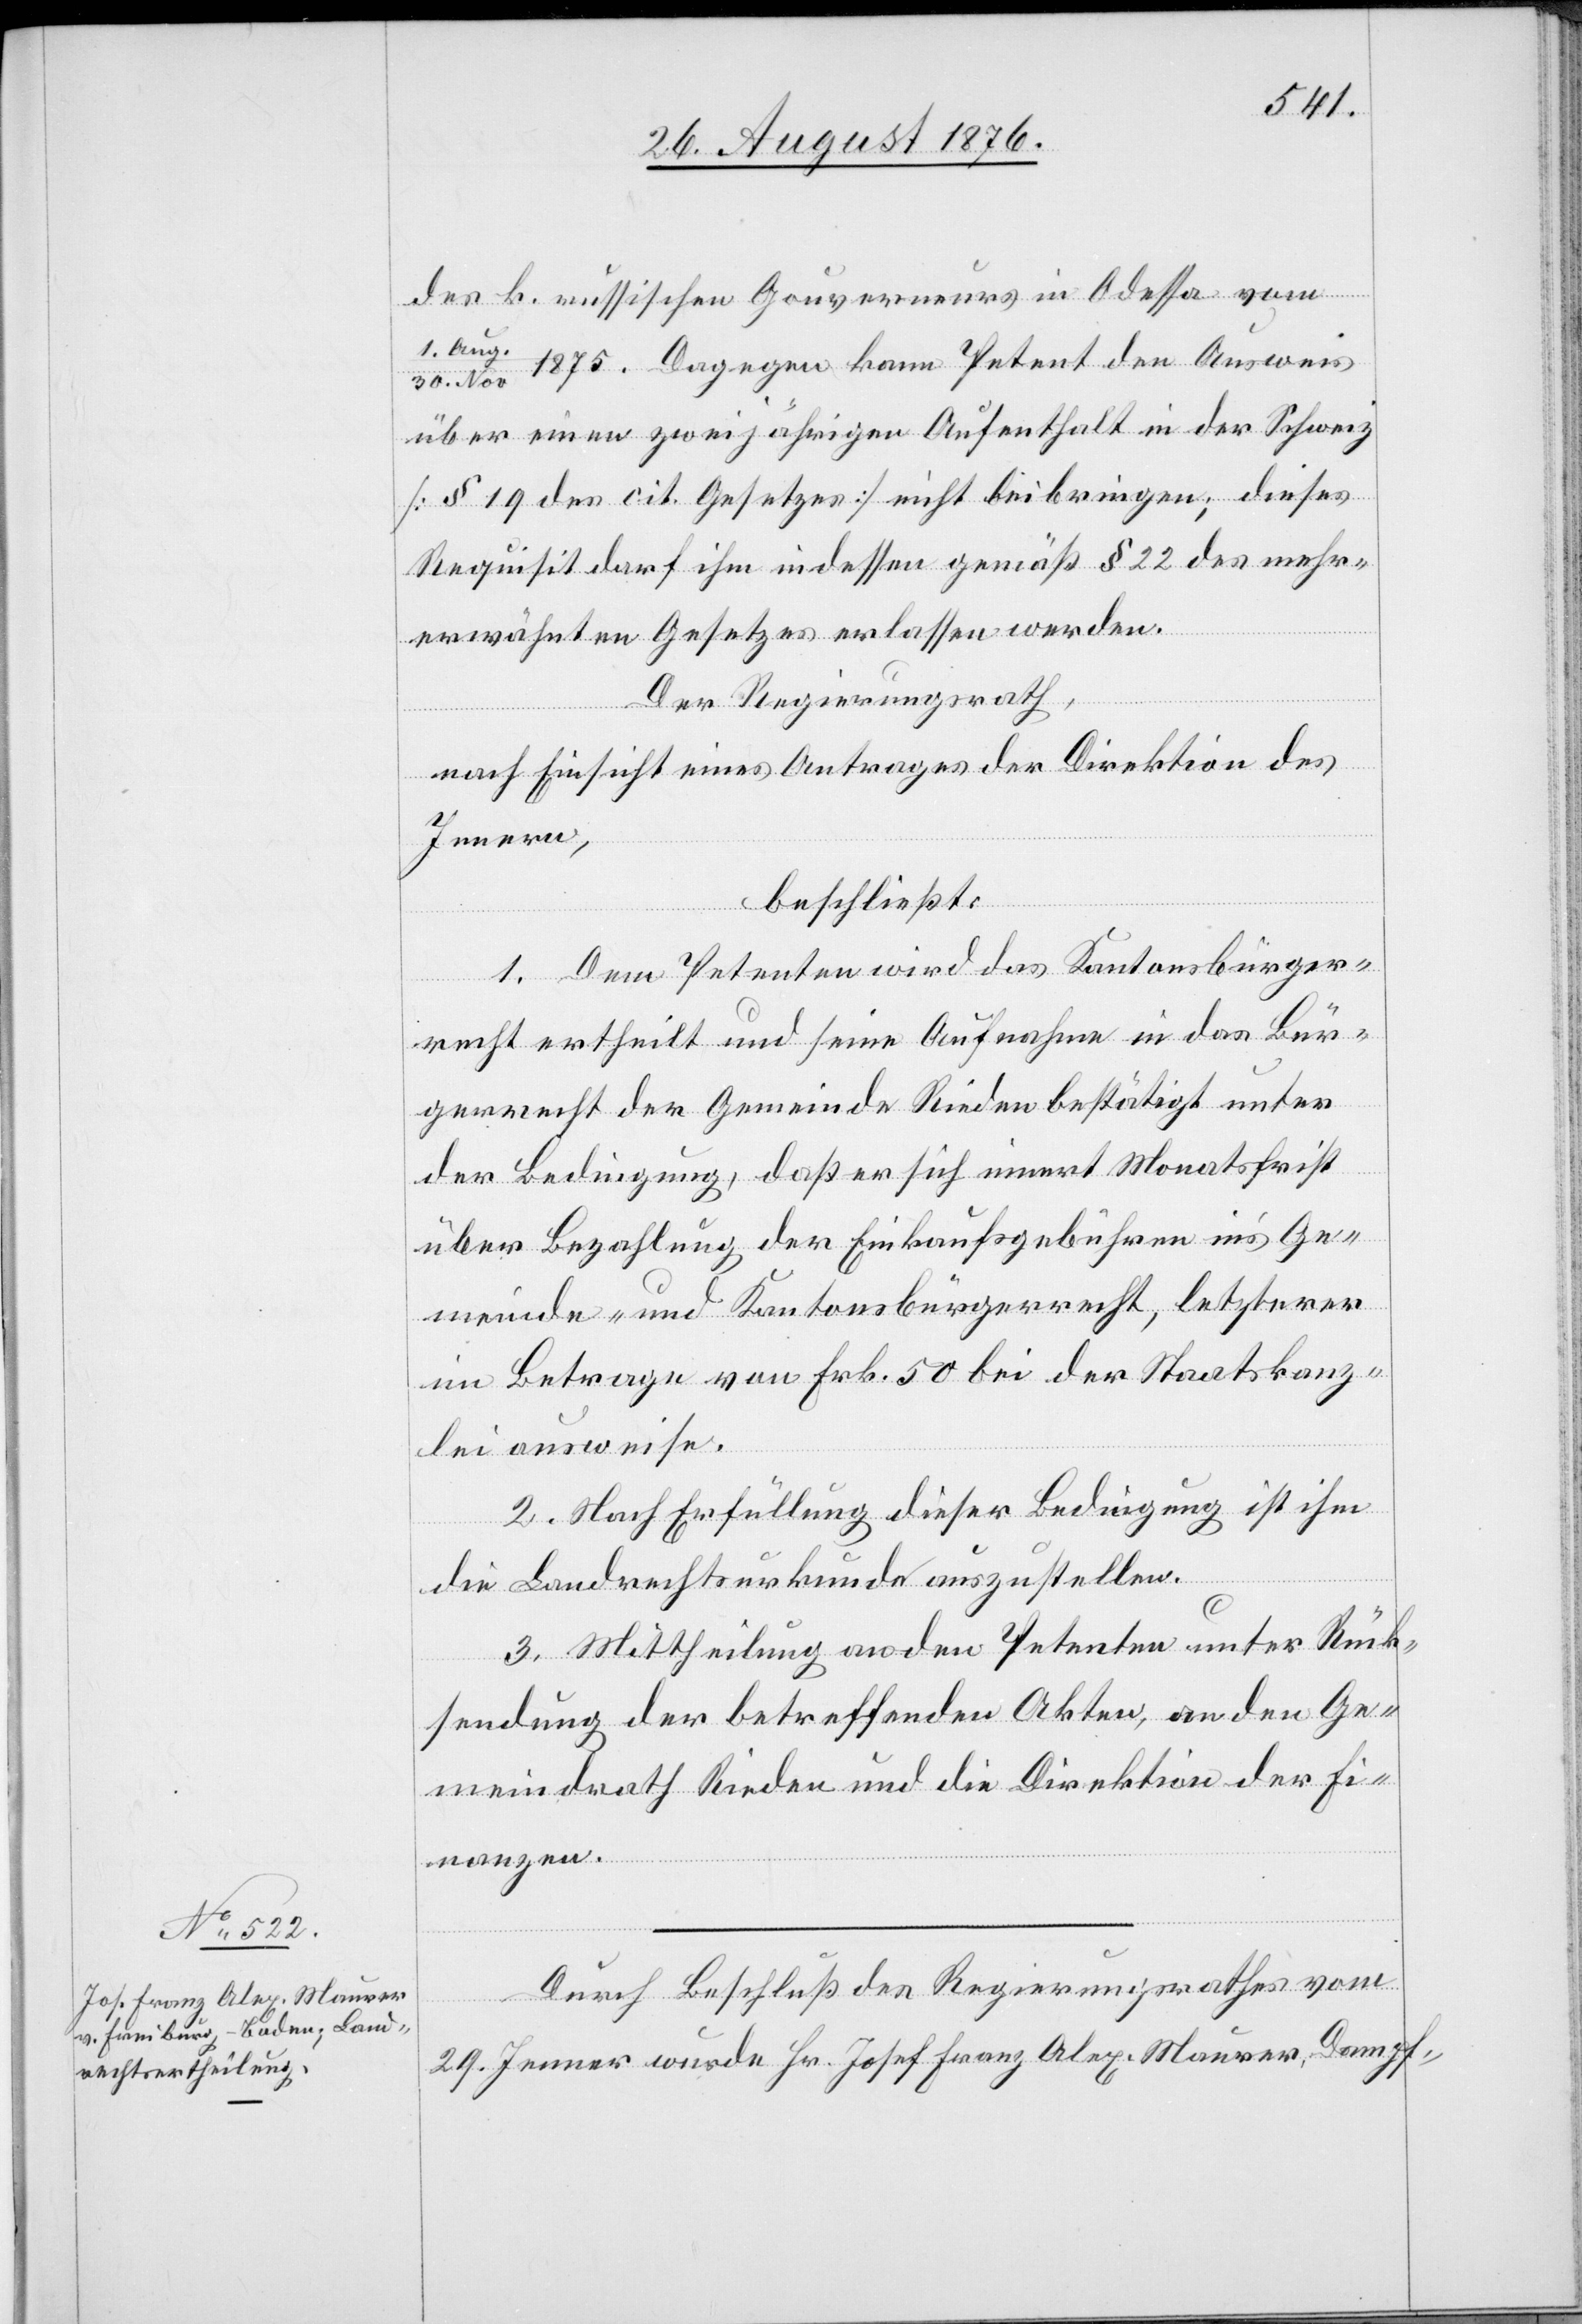
Durch Beschluß des Regierungsrathes vom
29. Jenner wurde Hr. Josef Franz Alex. Maurer, Dampf-